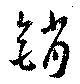
銷